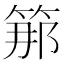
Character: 𥭵